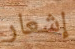
إشعار